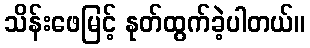
သိန်းဖေမြင့် နုတ်ထွက်ခဲ့ပါတယ်။